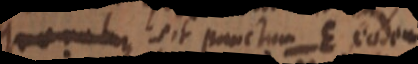
_ sit punctum E eodem